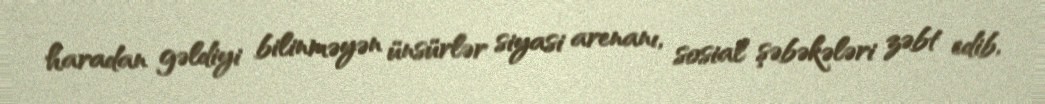
haradan gəldiyi bilinməyən ünsürlər siyasi arenanı, sosial şəbəkələri zəbt edib,